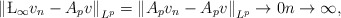
\begin{align*} \left\|\L_{\infty} v_n-A_p v\right\|_{L^p}=\left\|A_p v_n-A_p v\right\|_{L^p}\rightarrow 0n\to\infty, \end{align*}